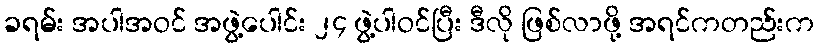
ခရမ်း အပါအဝင် အဖွဲ့ပေါင်း ၂၄ ဖွဲ့ပါဝင်ပြီး ဒီလို ဖြစ်လာဖို့ အရင်ကတည်းက